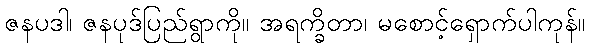
ဇနပဒါ၊ ဇနပုဒ်ပြည်ရွာကို။ အရက္ခိတာ၊ မစောင့်ရှောက်ပါကုန်။